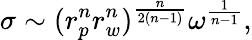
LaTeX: \sigma\sim(r_{p}^{n}r_{w}^{n})^{\frac{n}{2(n-1)}}\omega^{\frac{1}{n-1}},